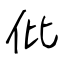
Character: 仳